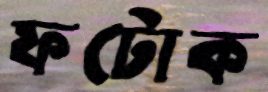
ফটোক